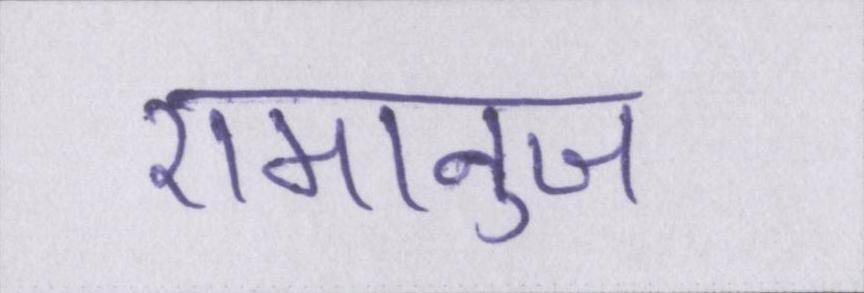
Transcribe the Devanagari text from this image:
रामानुज